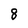
Character: 8